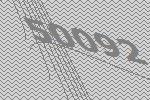
50092